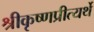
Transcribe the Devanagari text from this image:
श्रीकृष्णप्रीत्यर्थे